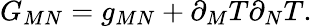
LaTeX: G_{MN}=g_{MN}+\partial_{M}T\partial_{N}T.